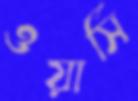
ওয়ার্সি